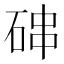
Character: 𰧁